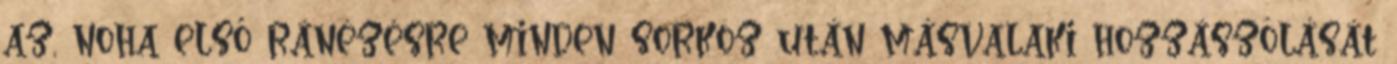
az, noha első ránézésre minden sorköz után másvalaki hozzászólását